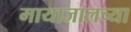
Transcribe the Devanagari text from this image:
मायाजालच्या